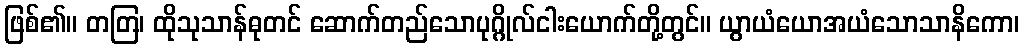
ဖြစ်၏။ တတြ၊ ထိုသုသာန်ဓုတင် ဆောက်တည်သောပုဂ္ဂိုလ်ငါးယောက်တို့တွင်။ ယွာယံယောအယံသောသာနိကော၊